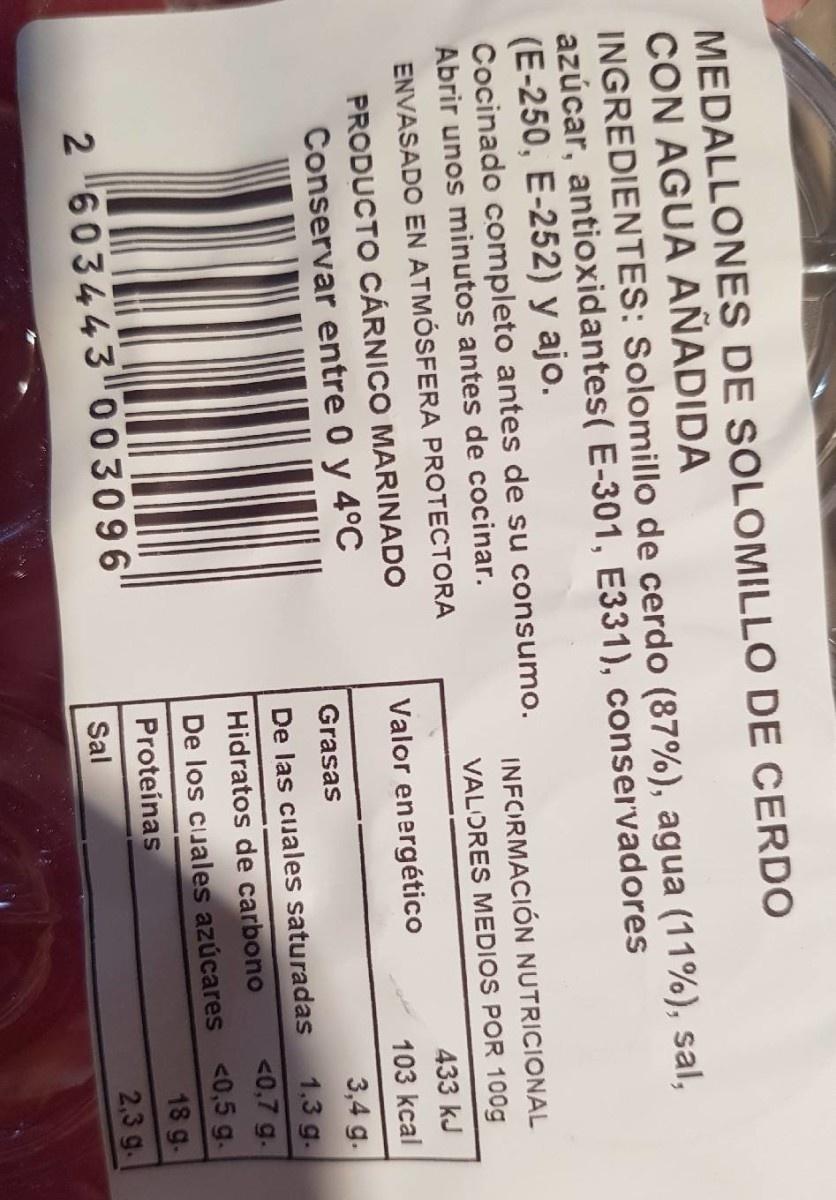
MEDALLONES DE SOLOMILLO DE CERDO CON AGUA AÑADIDA INGREDIENTES: Solomillo de cerdo (87%), agua (11%), sal, azúcar, antioxidantes( E-301, E331), conservadores (E-250, E-252) y ajo. Cocinado completo antes de su consumo.
INFORMACIÓN NUTRICIONAL
Abrir unos minutos antes de cocinar.
VALORES MEDIOS POR 100g
ENVASADO EN ATMÓSFERA PROTECTORA
433 kJ
PRODUCTO CÁRNICO MARINADO
Valor energético
103 kcal
Conservar entre 0 y 4°C
Grasas
3,4 g.
De las ciuales saturadas
1.3 g.
<0,7 g.
Hidratos de carbono De los cuales azúcares <0,5 g. Proteínas
18 g-
2 603443 003096
2,3 g.
Sal